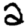
Digit: 2